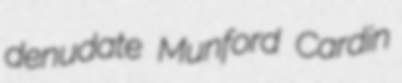
denudate Munford Cardin